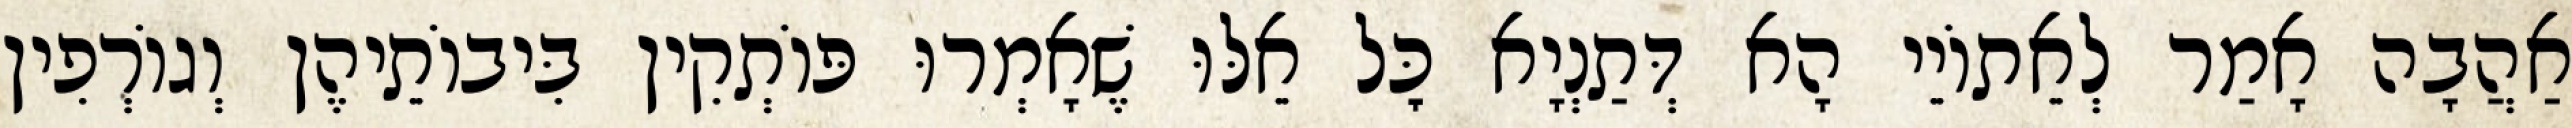
אַהֲבָה אָמַר לְאֵתוֹיֵי הָא דְּתַנְיָא כׇּל אֵלּוּ שֶׁאָמְרוּ פּוֹתְקִין בִּיבוֹתֵיהֶן וְגוֹרְפִין